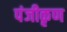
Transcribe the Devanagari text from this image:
पंजीकृण